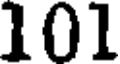
101